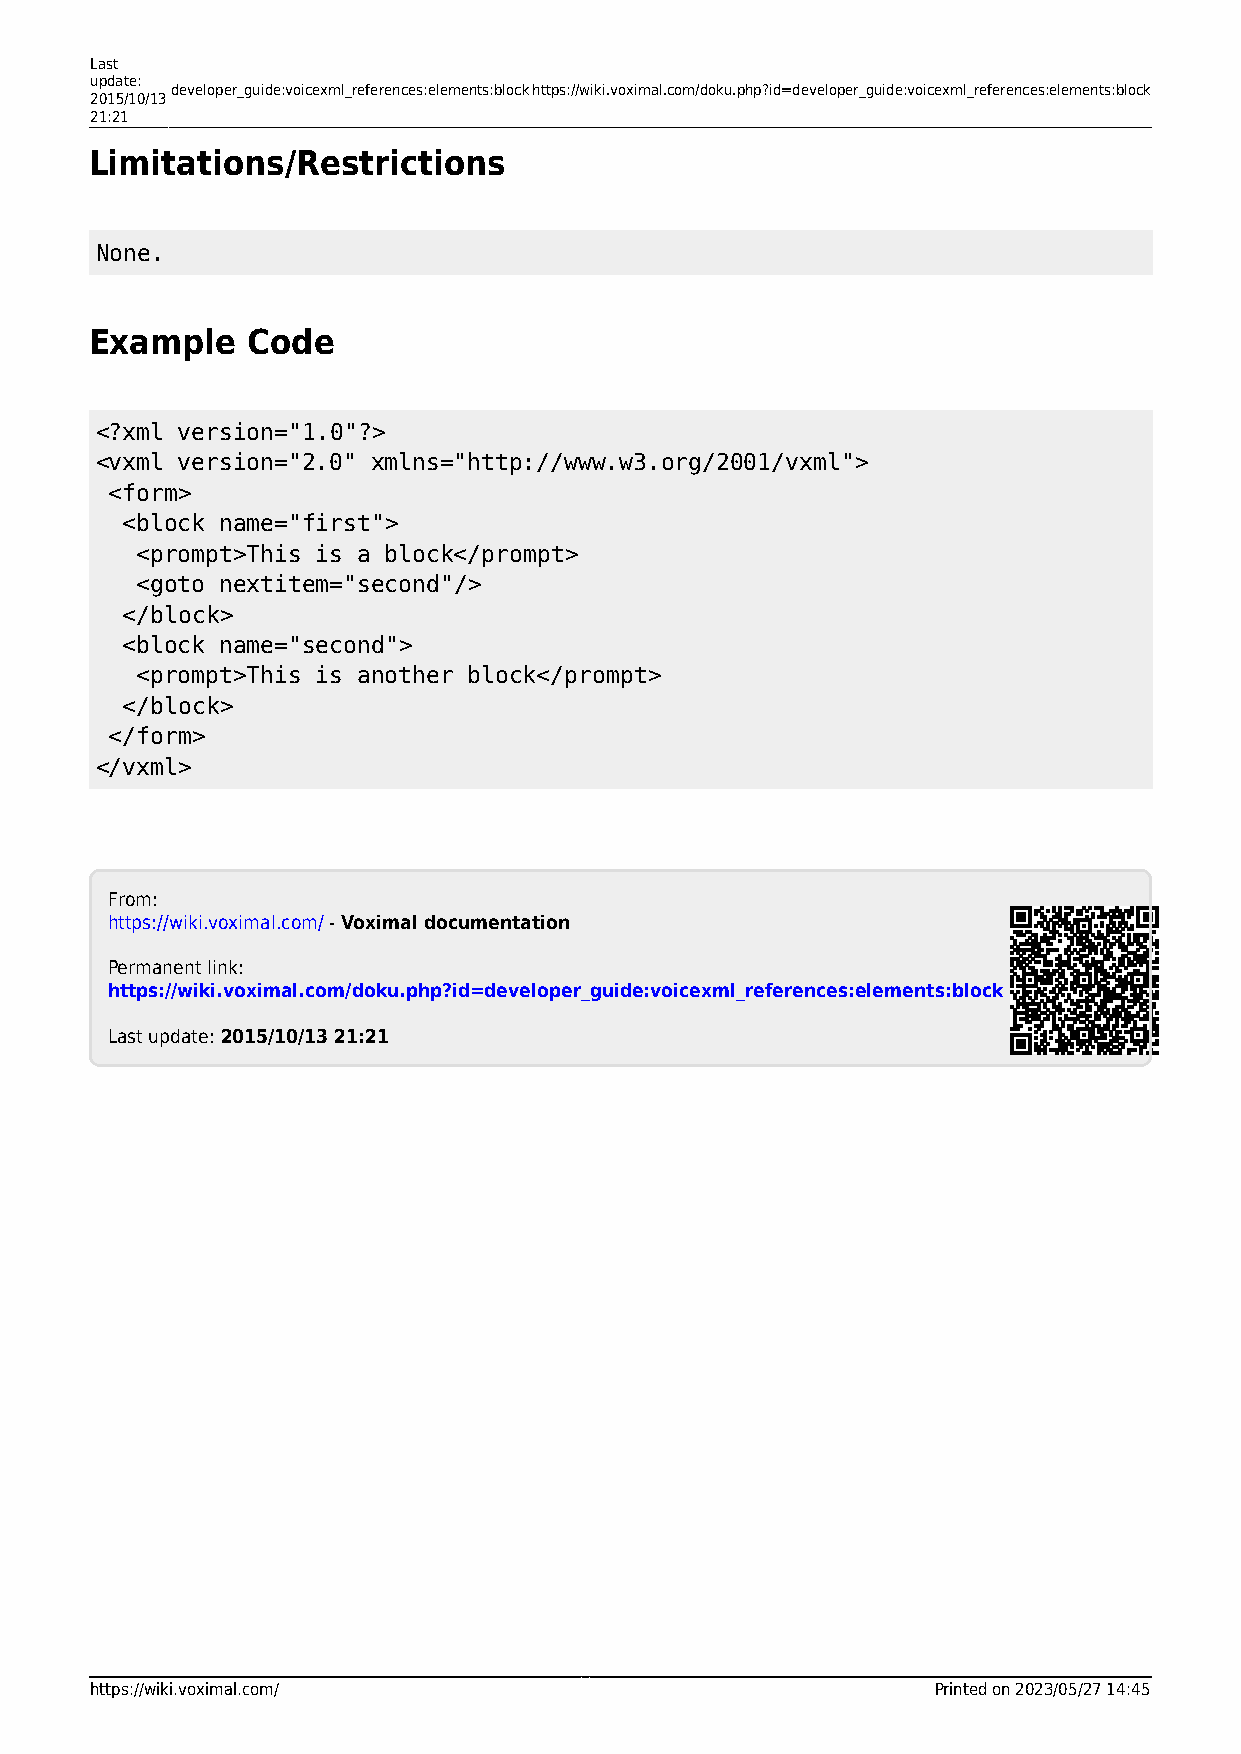
Last
 update:
 developer_guide:voicexml_references:elements:blockhttps://wiki.voximal.com/doku.php?id=developer_guide:voicexml_references:elements:block
 2015/10/13
 21:21
 Limitations/Restrictions
 None.
 Example   Code
 <?xml version="1.0"?>
 <vxml version="2.0" xmlns="http://www.w3.org/2001/vxml">
 <form>
 <block name="first">
 <prompt>This is a block</prompt>
 <goto nextitem="second"/>
 </block>
 <block name="second">
 <prompt>This is another block</prompt>
 </block>
 </form>
 </vxml>
 From:
 https://wiki.voximal.com/ - Voximal documentation
 Permanent link:
 https://wiki.voximal.com/doku.php?id=developer_guide:voicexml_references:elements:block
 Last update: 2015/10/13 21:21
 https://wiki.voximal.com/                               Printed on 2023/05/27 14:45